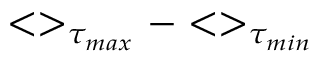
< > _ { \tau _ { m a x } } - < > _ { \tau _ { m i n } }